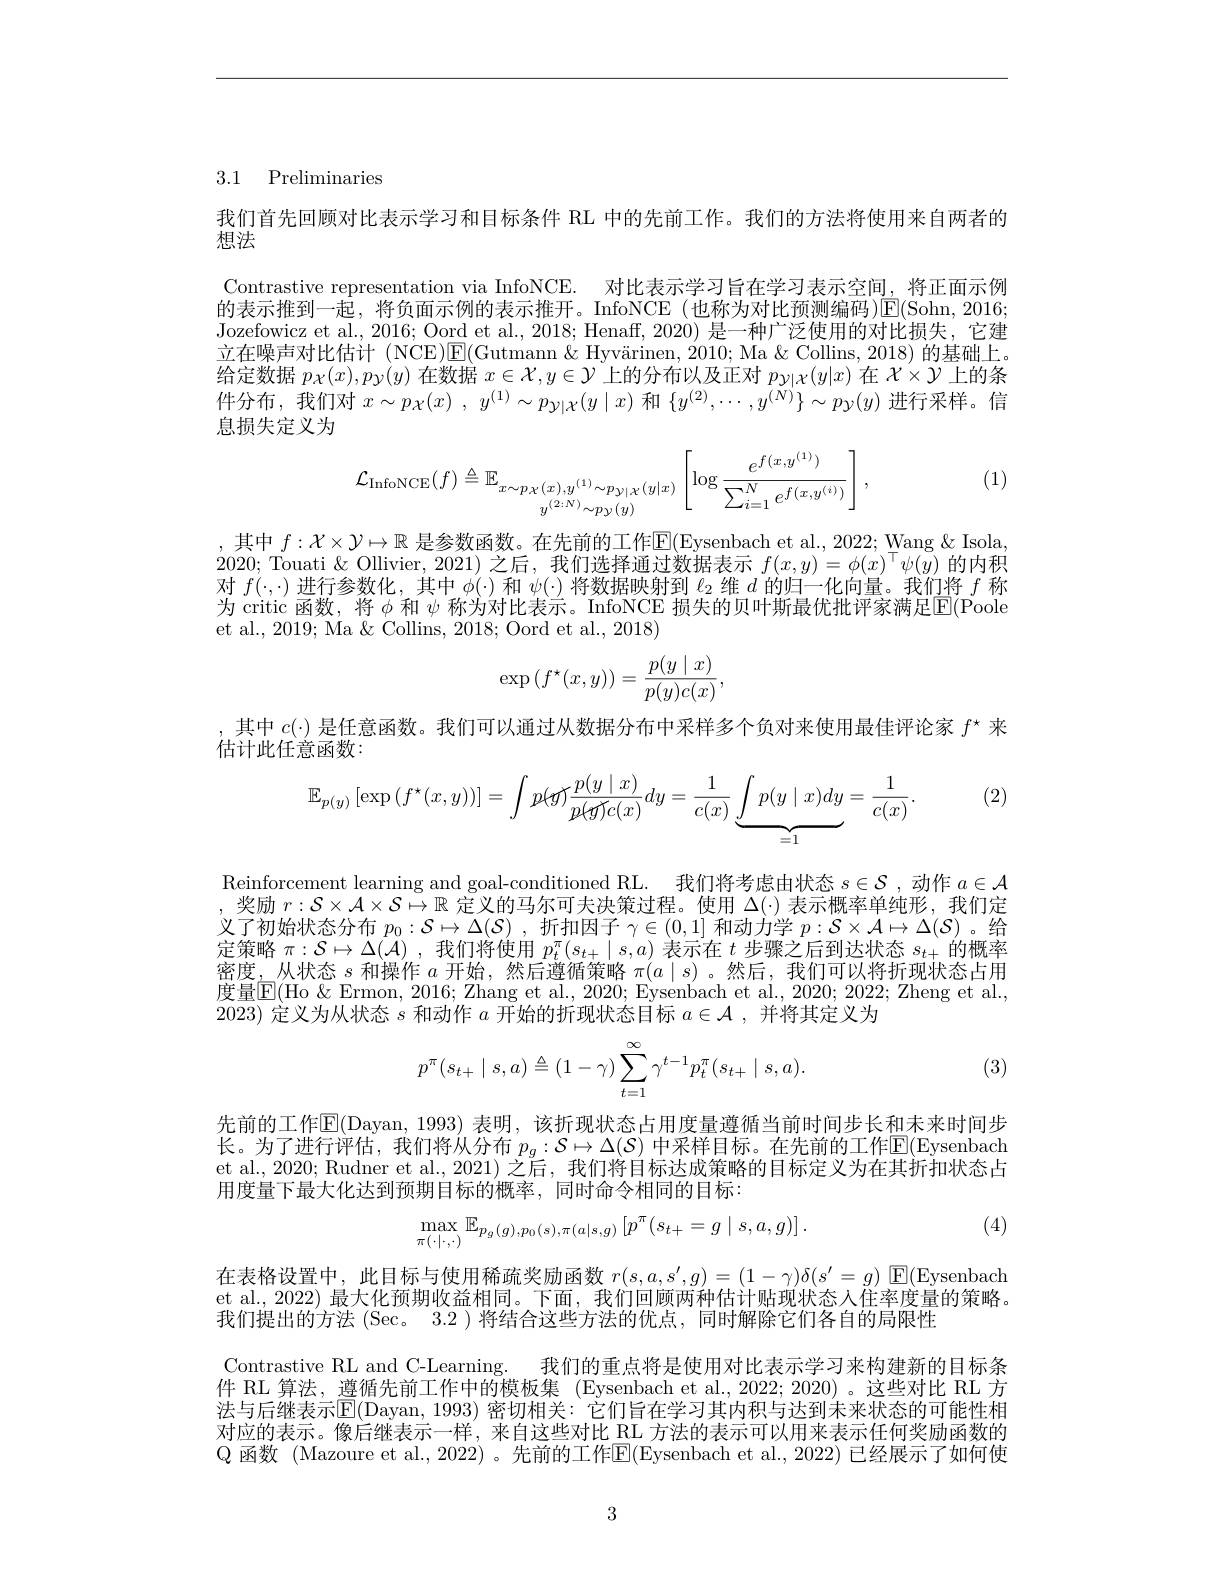
## 3.1 Preliminaries

我们首先回顾对比表示学习和目标条件 RL 中的先前工作。我们的方法将使用来自两者的
想法

Contrastive representation via InfoNCE. 对比表示学习旨在学习表示空间，将正面示例$\dot{\text{的表示推到一起，将负面示例的表示推开。InfoNCE(也称为对比预测编码)}}\overline{\mathrm{E(Sohn,2016;}}$ Jozefowicz et al., 2016; Oord et al., 2018; Henaff, 2020) 是一种广泛使用的对比损失，它建立在噪声对比估计 (NCE)E(Gutmann &Hyvärinen, 2010; Ma & Collins, 2018) 的基础上。给定数据$p_\mathcal{X}(x),p_\mathcal{Y}(y)$在数据$x\in\mathcal{X},y\in\mathcal{Y}$上的分布以及正对$p_\mathrm{y|\chi}(y|x)$在$\mathcal{X}\times\mathcal{Y}$上的条件分布，我们对$x\sim p_\mathcal{X} ( x)$ , $y^{( 1) }\sim p_{\mathcal{Y} | \mathcal{X} }( y\mid x)$和$\{y^(2),\cdots,y^{(N)}\}\sim p_\mathcal{Y}(y)$进行采样。信息损失定义为

(1)
$$\mathcal{L}_{\text{InfoNCE}}(f)\triangleq\mathbb{E}_{\substack{x\sim p_{\mathcal{X}}(x),y^{(1)}\sim p_{\mathcal{Y}|\mathcal{X}}(y|x)}{y^{(2:N)}\sim p_{\mathcal{Y}(y)}}}\left[\log\frac{e^{f(x,y^{(1)})}}{\sum_{i=1}^{N}e^{f(x,y^{(i)})}}\right],$$
,其中$f:\mathcal{X}\times\mathcal{Y}\mapsto\mathbb{R}$是参数函数。在先前的工作$\mathbb{E}($Eysenbach et al., 2022; Wang & Isola, 2020; Touati $\&$ Ollivier, 2021) 之后，我们选择通过数据表示$f(x,y)=\phi(x)^\top\psi(y)$的内积对$f(\cdot,\cdot)$进行参数化 ,其中$\phi(\cdot)$和$\psi(\cdot)$将数据映射到$\ell_2$维$d$的归一化向量。我们将$f$称为 critic 函数，将$\phi$和 $\psi$ 称为对比表示。InfoNCE 损失的贝叶斯最优批评家满足$\mathbb{E}($Poole et al., 2019; Ma & Collins, 2018; Oord et al., 2018)
$$\exp\left(f^\star(x,y)\right)=\frac{p(y\mid x)}{p(y)c(x)},$$
,其中$c(\cdot)$是任意函数。我们可以通过从数据分布中采样多个负对来使用最佳评论家$f^\star$来
估计此任意函数：
$$\mathbb{E}_{p(y)}\left[\exp\left(f^{\star}(x,y)\right)\right]=\int p(\mathbb{H})\frac{p(y\mid x)}{p(\mathbb{H})c(x)}dy=\frac{1}{c(x)}\underbrace{\int p(y\mid x)dy}_{=1}=\frac{1}{c(x)}.$$
(2)

$\begin{aligned}\text{Reinforcement learning and goal-conditioned RL.}\:\text{我们将考虑由状态 }s\in\mathcal{S},\text{ 动作 }a\in\mathcal{A}\end{aligned}$ ,奖励$r:\mathcal{S}\times\mathcal{A}\times\mathcal{S}\mapsto\mathbb{R}$定义的马尔可夫决策过程。使用$\Delta(\cdot)$表示概率单纯形，我们定义了初始状态分布$p_0:\mathcal{S}\mapsto\Delta(\mathcal{S})$ ,折扣因子$\gamma\in(0,1]$和动力学$p:\mathcal{S}\times\mathcal{A}\mapsto\Delta(\mathcal{S})$ 。给定策略$\pi:\mathcal{S}\mapsto\Delta(\mathcal{A})$ ,我们将使用$p_t^\pi(s_t+\mid s,a)$表示在$t$步骤之后到达状态$s_t+$的概率密度，从状态$s$和操作$a$开始，然后遵循策略$\pi(a\mid s)$ 。然后，我们可以将折现状态占用度量|F|(Ho &Ermon. 2016: Zhang et al.. 2020: Evsenbach et al.. 2020: 2022: Zheng et al. 2023)定义为从状态$s$和动作$a$开始的折现状态目标$a\in\mathcal{A}$,并将其定义为

(3)
$$p^\pi(s_{t+}\mid s,a)\triangleq(1-\gamma)\sum_{t=1}^\infty\gamma^{t-1}p_t^\pi(s_{t+}\mid s,a).$$
先前的工作$\overline{\mathbb{E}}($Dayan, 1993) 表明，该折现状态占用度量遵循当前时间步长和未来时间步长。为了进行评估，我们将从分布 $p_g:\mathcal{S}\mapsto\Delta(\mathcal{S})$ 中采样目标。在先前的工作$\mathbb{E}($Eysenbach et al., 2020; Rudner et al., 2021) 之后，我们将目标达成策略的目标定义为在其折扣状态占用度量下最大化达到预期目标的概率，同时命令相同的目标：

(4)
$$\max_{\pi(\cdot|\cdot,\cdot)}\mathbb{E}_{p_g(g),p_0(s),\pi(a|s,g)}\left[p^\pi(s_{t+}=g\mid s,a,g)\right].$$
在表格设置中，此目标与使用稀疏奖励函数$r(s,a,s^{\prime},g)=(1-\gamma)\delta(s^{\prime}=g)$ $\boxed{\mathrm{E}}($Eysenbach et al., 2022) 最大化预期收益相同。下面，我们回顾两种估计贴现状态人住率度量的策略。我们提出的方法 (Sec。3.2 )将结合这些方法的优点，同时解除它们各自的局限性
Contrastive RL and C-Learning. 我们的重点将是使用对比表示学习来构建新的目标条件 RL 算法，遵循先前工作中的模板集 (Eysenbach et al.,2022; 2020) 。这些对比 RL 方法与后继表示$\mathbb{E}($Dayan, 1993) 密切相关：它们旨在学习其内积与达到未来状态的可能性相对应的表示。像后继表示一样，来自这些对比 RL 方法的表示可以用来表示任何奖励函数的Q 函数 (Mazoure et al., 2022) 。先前的工作$\mathsf E($Eysenbach et al., 2022) 已经展示了如何使

3